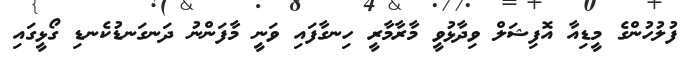
ފުލުހުންގެ މީޑިއާ އޮފިޝަލް ވިދާޅުވީ މާރާމާރީ ހިނގާފައި ވަނީ މާފަންނު ދަނގަނޑުކެނޑި ގޯޅީގައި